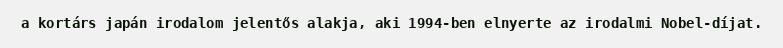
a kortárs japán irodalom jelentős alakja, aki 1994-ben elnyerte az irodalmi Nobel-díjat.